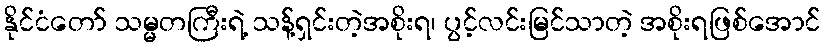
နိုင်ငံတော် သမ္မတကြီးရဲ့ သန့်ရှင်းတဲ့အစိုးရ၊ ပွင့်လင်းမြင်သာတဲ့ အစိုးရဖြစ်အောင်